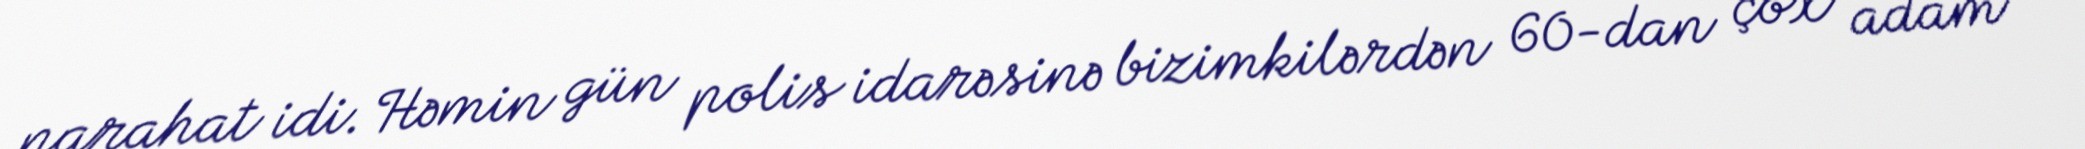
narahat idi. Həmin gün polis idarəsinə bizimkilərdən 60-dan çox adam